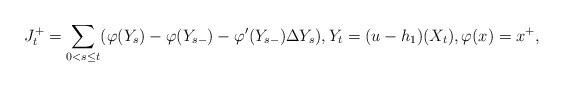
\begin{align*}J_{t}^{+}=\sum_{0<s\le t}(\varphi(Y_{s})-\varphi(Y_{s-})-\varphi'(Y_{s-})\Delta Y_{s}),Y_{t}=(u-h_{1})(X_{t}),\varphi(x)=x^{+},\end{align*}